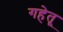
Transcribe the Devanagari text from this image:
गहेतू